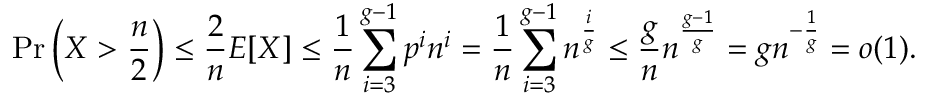
\operatorname* { P r } \left( X > { \frac { n } { 2 } } \right) \leq { \frac { 2 } { n } } E [ X ] \leq { \frac { 1 } { n } } \sum _ { i = 3 } ^ { g - 1 } p ^ { i } n ^ { i } = { \frac { 1 } { n } } \sum _ { i = 3 } ^ { g - 1 } n ^ { \frac { i } { g } } \leq { \frac { g } { n } } n ^ { \frac { g - 1 } { g } } = g n ^ { - { \frac { 1 } { g } } } = o ( 1 ) .